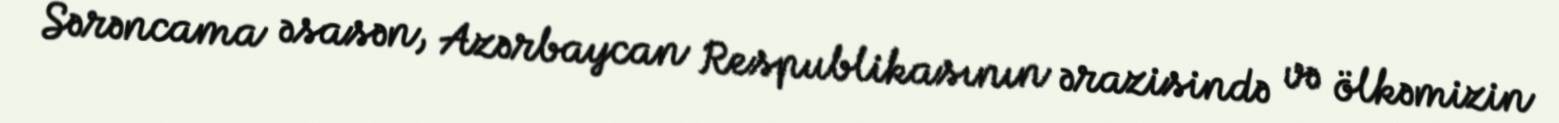
Sərəncama əsasən, Azərbaycan Respublikasının ərazisində və ölkəmizin